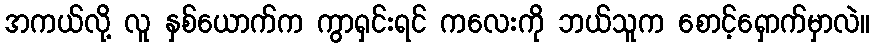
အကယ်လို့ လူ နှစ်ယောက်က ကွာရှင်းရင် ကလေးကို ဘယ်သူက စောင့်ရှောက်မှာလဲ။